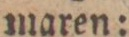
maren: